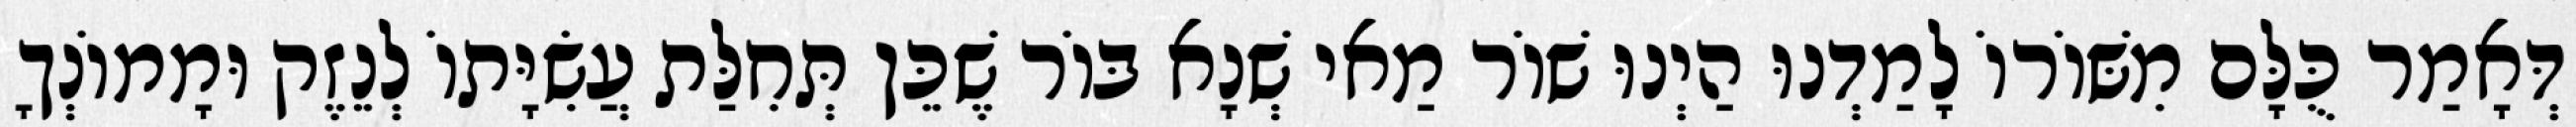
דְּאָמַר כֻּלָּם מִשּׁוֹרוֹ לָמַדְנוּ הַיְנוּ שׁוֹר מַאי שְׁנָא בּוֹר שֶׁכֵּן תְּחִלַּת עֲשִׂיָּתוֹ לְנֵזֶק וּמָמוֹנְךָ